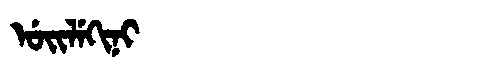
Manchu: ᡠᡳᠯᡝᡴᡳᠨᡳ
Romanization: UILEKINI